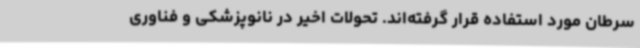
سرطان مورد استفاده قرار گرفته‌اند. تحولات اخیر در نانوپزشکی و فناوری‌